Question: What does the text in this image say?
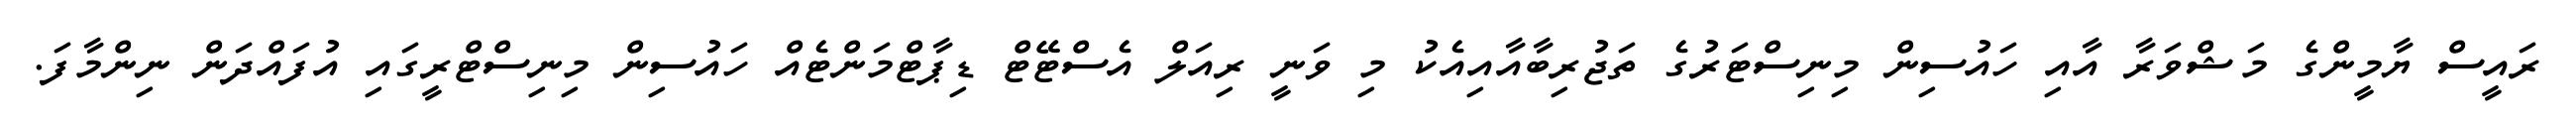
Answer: ރައީސް ޔާމީންގެ މަޝްވަރާ އާއި ހައުސިން މިނިސްޓަރުގެ ތަޖުރިބާއާއިއެކު މި ވަނީ ރިއަލް އެސްޓޭޓް ޑިޕާޓްމަންޓެއް ހައުސިން މިނިސްޓްރީގައި އުފައްދަން ނިންމާފަ.